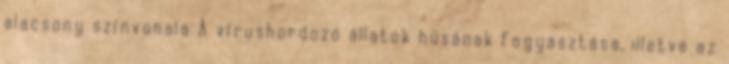
alacsony színvonala A vírushordozó állatok húsának fogyasztása, illetve az